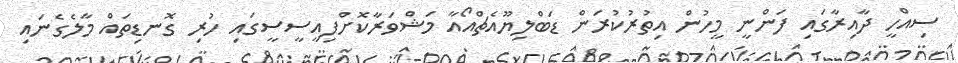
ސިއްހީ ދާއިރާގައި ފަންނީ މީހުން އިތުރުކުރަން ޑަބްލިޔޫއެޗްއޯއާ މަޝްވަރާކޮށްފިއީސީސީގައި ހުރި ގޮނޑިތައް މާލެގެނައި